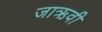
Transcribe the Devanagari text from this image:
जाऋवी